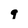
Character: q